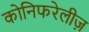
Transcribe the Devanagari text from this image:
कोनिफरेलीज़